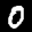
Label: 0